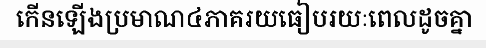
កើនឡើងប្រមាណ៤ភាគរយធៀបរយៈពេលដូចគ្នា